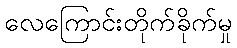
လေကြောင်းတိုက်ခိုက်မှု